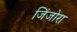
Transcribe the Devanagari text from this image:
जिंजोरा